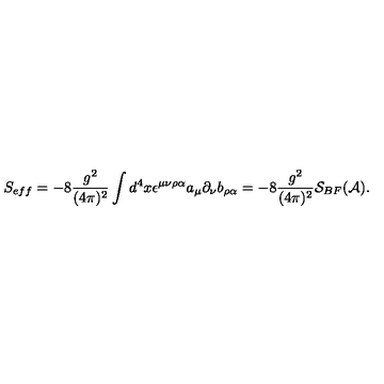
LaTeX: S _ { e f f } = - 8 \frac { g ^ { 2 } } { ( 4 \pi ) ^ { 2 } } \int d ^ { 4 } x \epsilon ^ { \mu \nu \rho \alpha } a _ { \mu } \partial _ { \nu } b _ { \rho \alpha } = - 8 \frac { g ^ { 2 } } { ( 4 \pi ) ^ { 2 } } { \cal S } _ { B F } ( { \cal A } ) .